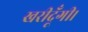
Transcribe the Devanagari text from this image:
खरीदूँगी।